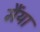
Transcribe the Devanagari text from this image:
मैंया